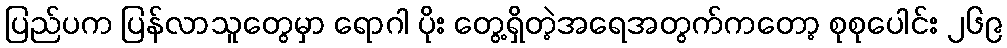
ပြည်ပက ပြန်လာသူတွေမှာ ရောဂါ ပိုး တွေ့ရှိတဲ့အရေအတွက်ကတော့ စုစုပေါင်း ၂၆၉